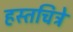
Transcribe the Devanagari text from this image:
हस्तचित्रे